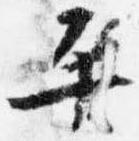
平